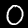
Label: 0